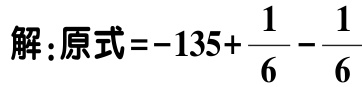
解:原式\(=-135+\frac{1}{6}-\frac{1}{6}\)